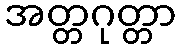
အတ္တဂုတ္တာ